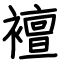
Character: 襢